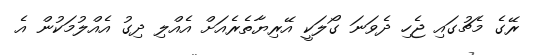
ރޭގެ މެޗުގައި ޖެހި ދެވަނަ ގޯލަކީ އޭރިޔާތެރެއަށް އެއްލި ދިގު އެއްލުމަކުން އެ